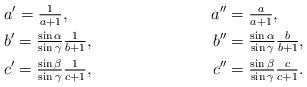
LaTeX: \begin{align*}&a' = \tfrac{1}{a+1}, &a'' &= \tfrac{a}{a+1},\\ &b' = \tfrac{\sin \alpha}{\sin \gamma} \tfrac{1}{b+1}, &b'' &= \tfrac{\sin \alpha}{\sin \gamma} \tfrac{b}{b+1},\\ &c' = \tfrac{\sin \beta}{\sin \gamma} \tfrac{1}{c+1}, &c'' &= \tfrac{\sin \beta}{\sin \gamma} \tfrac{c}{c+1}.\\ \end{align*}